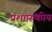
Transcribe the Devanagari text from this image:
प्रशाासकीय